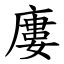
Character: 廔